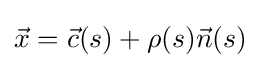
{\vec {x}}={\vec {c}}(s)+\rho (s){\vec {n}}(s)